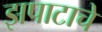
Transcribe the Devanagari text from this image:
झपाटाचे